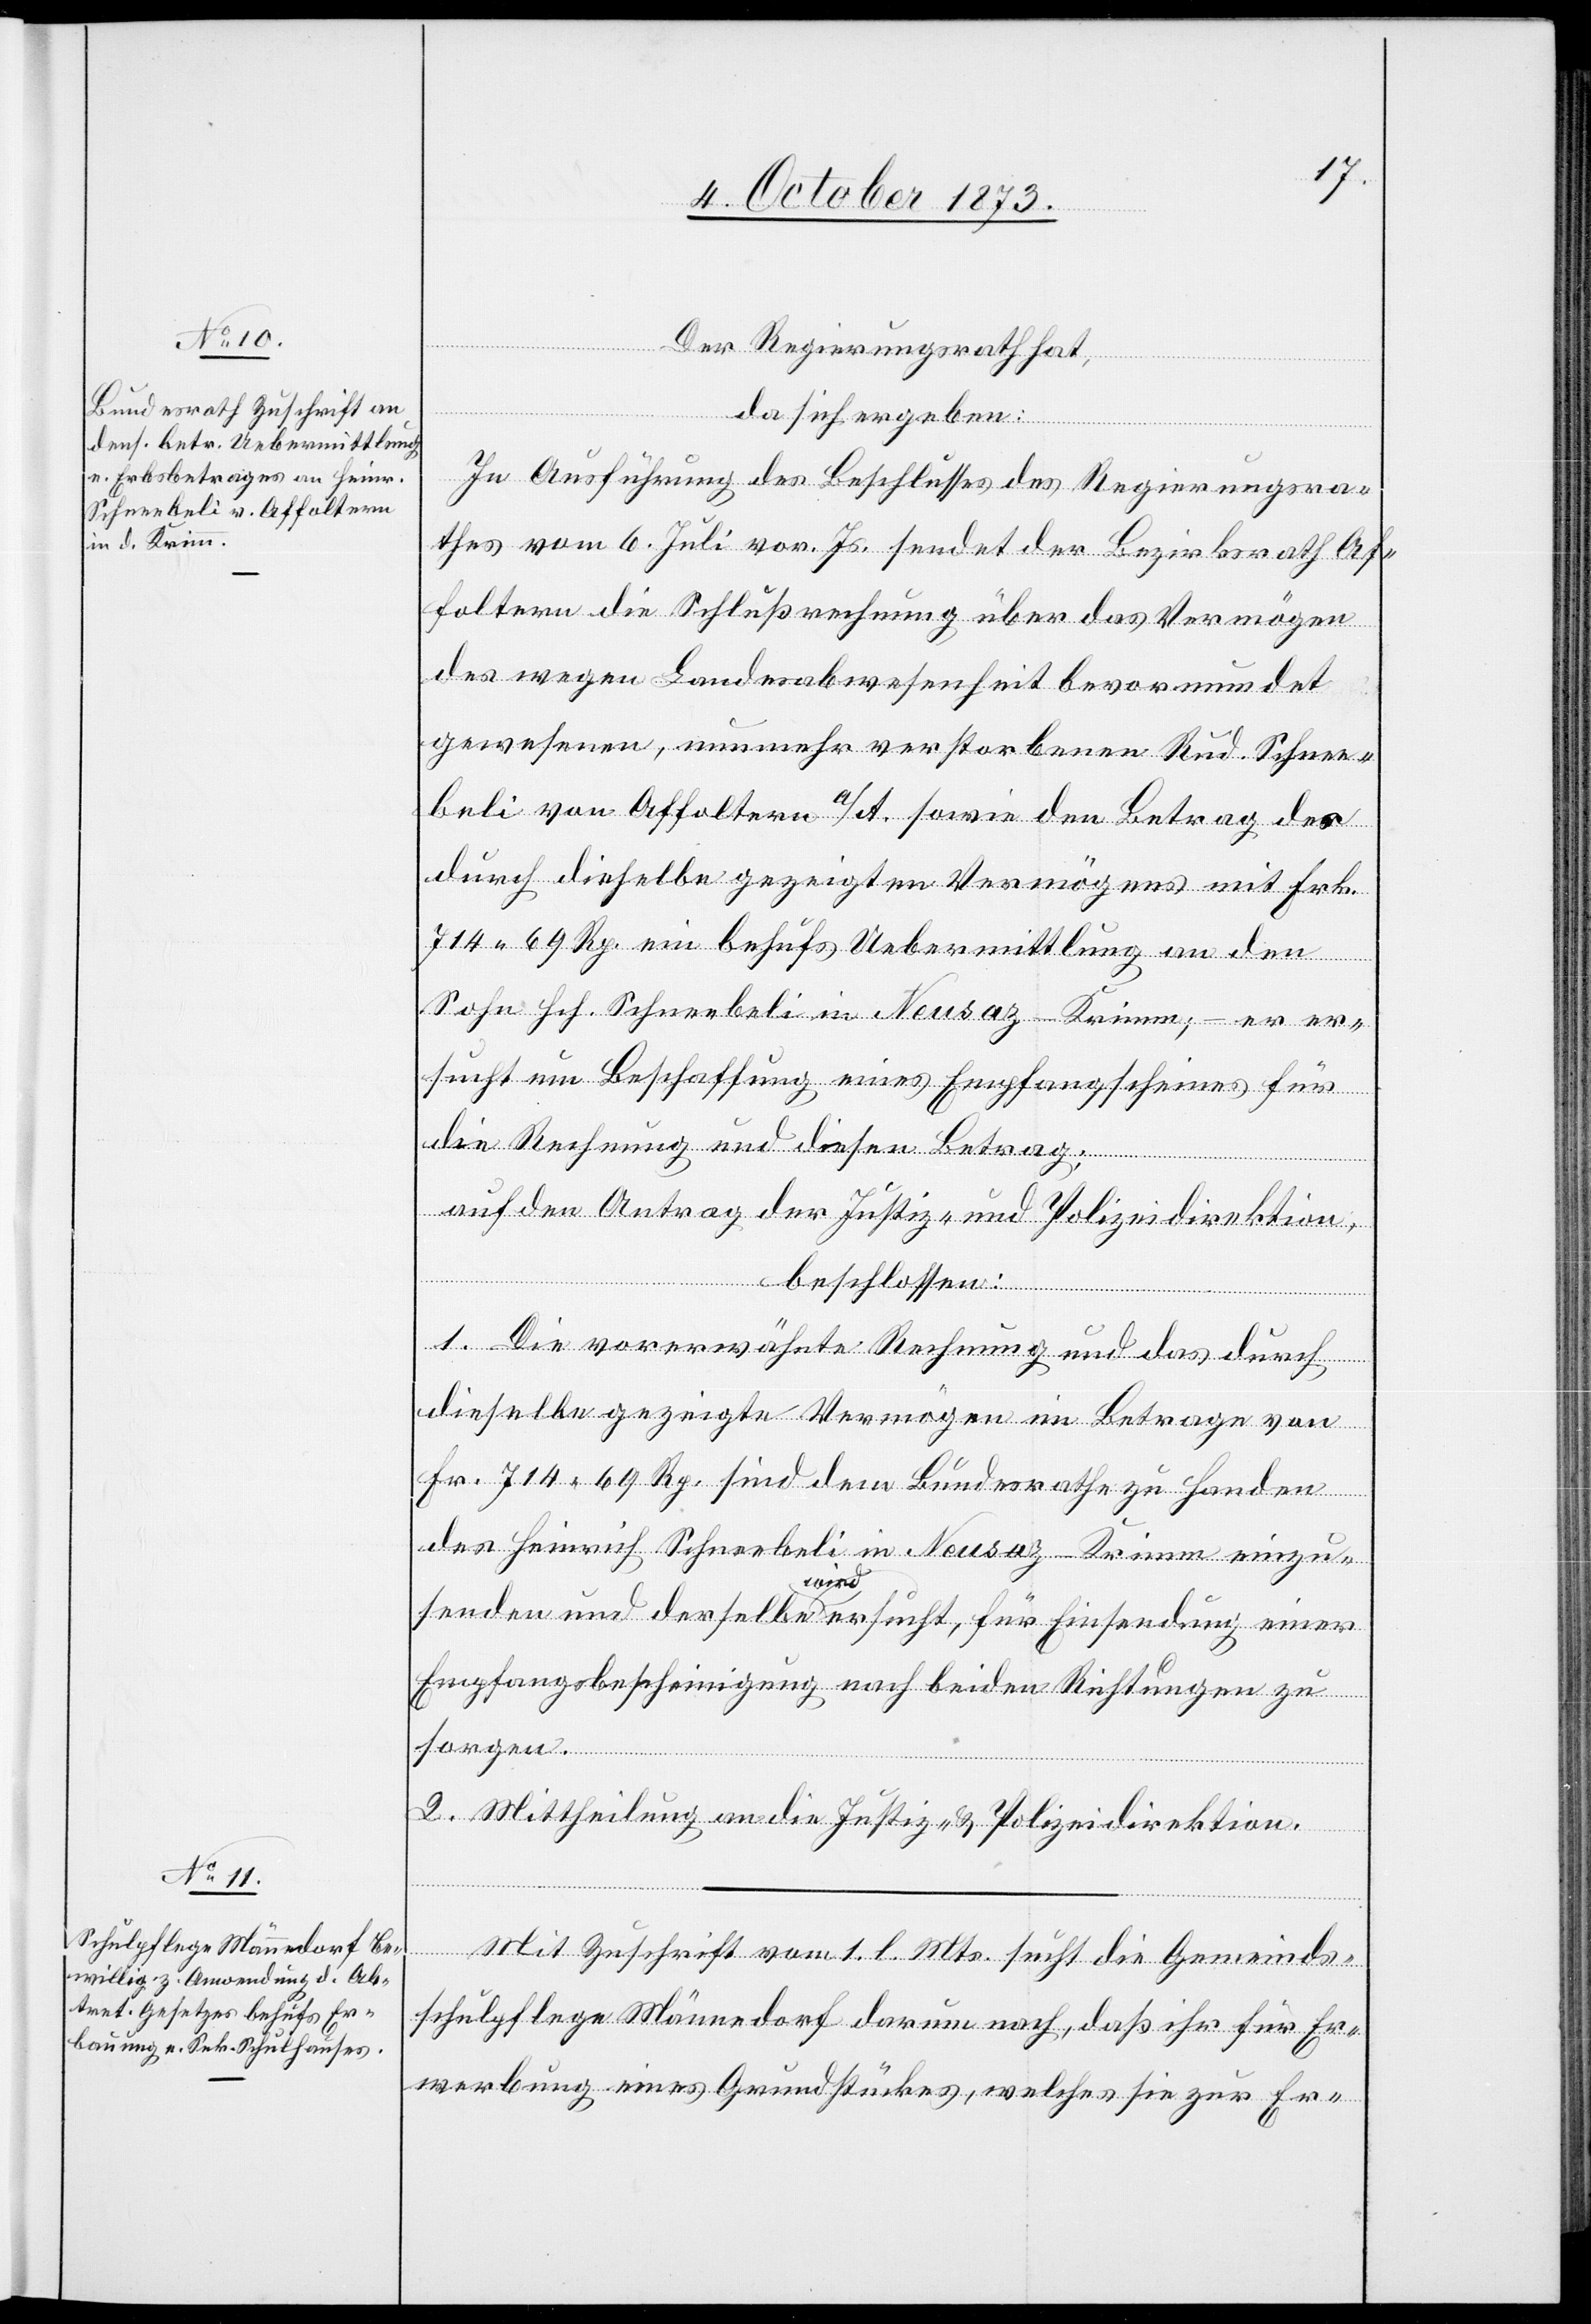
Der Regierungsrath hat,
da sich ergeben:
In Ausführung des Beschlusses des Regierungsra¬
thes vom 6. Juli vor. Js. sendet der Bezirksrath Af¬
foltern die Schlußrechnung über das Vermögen
des wegen Landesabwesenheit bevormundet
gewesenen, nunmehr verstorbenen Rud. Schnee¬
beli von Affoltern a/A. sowie den Betrag des
durch dieselbe gezeigten Vermögens mit Frk.
714 69 Rp. ein behufs Uebermittlung an den
Sohn Hch. Schneebeli in Neusaz - Krimm; – er er¬
sucht um Beschaffung eines Empfangscheines für
die Rechnung und diesen Betrag;
auf den Antrag der Justiz- und Polizeidirektion,
beschlossen:
1. Die vorerwähnte Rechnung und das durch
dieselbe gezeigte Vermögen im Betrage von
Fr. 714 69 Rp. sind dem Bundesrathe zu Handen
des Heinrich Schneebeli in Neusaz - Krimm einzu¬
senden und derselbe wird ersucht, für Einsendung einer
Empfangsbescheinigung nach beiden Richtungen zu
sorgen.
2. Mittheilung an die Justiz- & Polizeidirektion.
Mit Zuschrift vom 1. l. Mts. sucht die Gemeinds¬
schulpflege Männedorf darum nach, daß ihr für Er¬
werbung eines Grundstückes, welches sie zur Er-